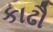
કાઢૌ